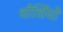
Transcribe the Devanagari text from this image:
धीर्धियो